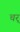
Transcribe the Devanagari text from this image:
चर्